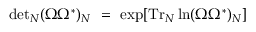
\mathrm { d e t } _ { N } ( \Omega \Omega ^ { * } ) _ { N } \ = \ \exp [ \mathrm { T r } _ { N } \ln ( \Omega \Omega ^ { * } ) _ { N } ]